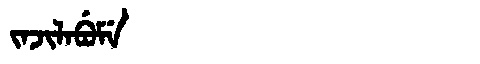
Manchu: ᠵᠠᠵᡳᠯᠠᠪᡠᠮᡝ
Romanization: JAJILABUME